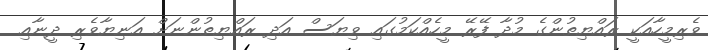
ވެރިމީހާއަކީ ރައްޔިތުންގެ މުދާ ފޭރޭ މީހެއްކަމުގައި ވިޔަސް އަދި ރައްޔިތުންނަށް އަނިޔާވެރި ދީނާއި